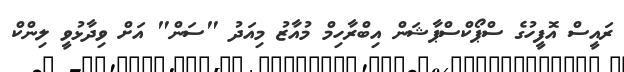
ރައީސް އޮފީހުގެ ސްޕޯކްސްޕާޝަން އިބްރާހިމް މުއާޒު މިއަދު "ސަން" އަށް ވިދާޅުވީ ލިންކް